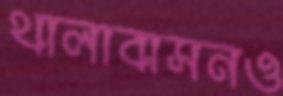
থালাবাসনও